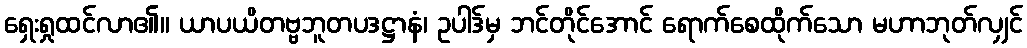
ရှေးရှုထင်လာ၏။ ယာပယိတဗ္ဗဘူတပဒဋ္ဌာနံ၊ ဥပါဒ်မှ ဘင်တိုင်အောင် ရောက်စေထိုက်သော မဟာဘုတ်လျှင်